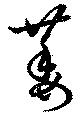
萎